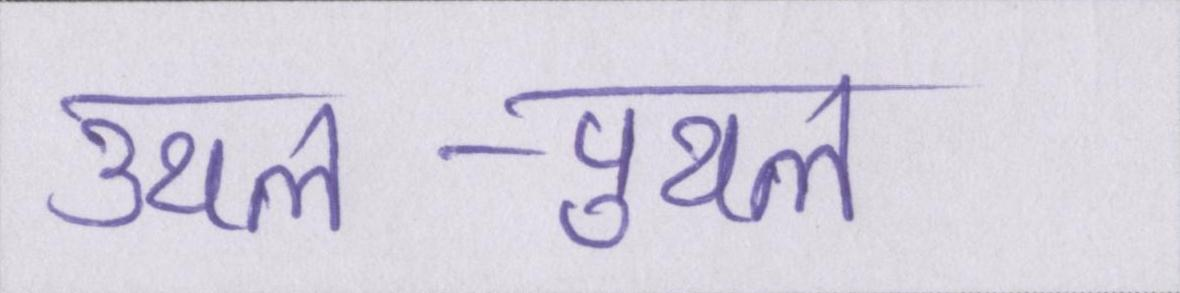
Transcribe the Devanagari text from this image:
उथल-पुथल